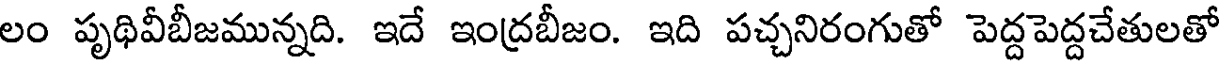
లం పృథివీబీజమున్నది. ఇదే ఇంద్రబీజం. ఇది పచ్చనిరంగుతో పెద్దపెద్దచేతులతో